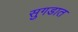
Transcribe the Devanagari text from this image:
सुगडात